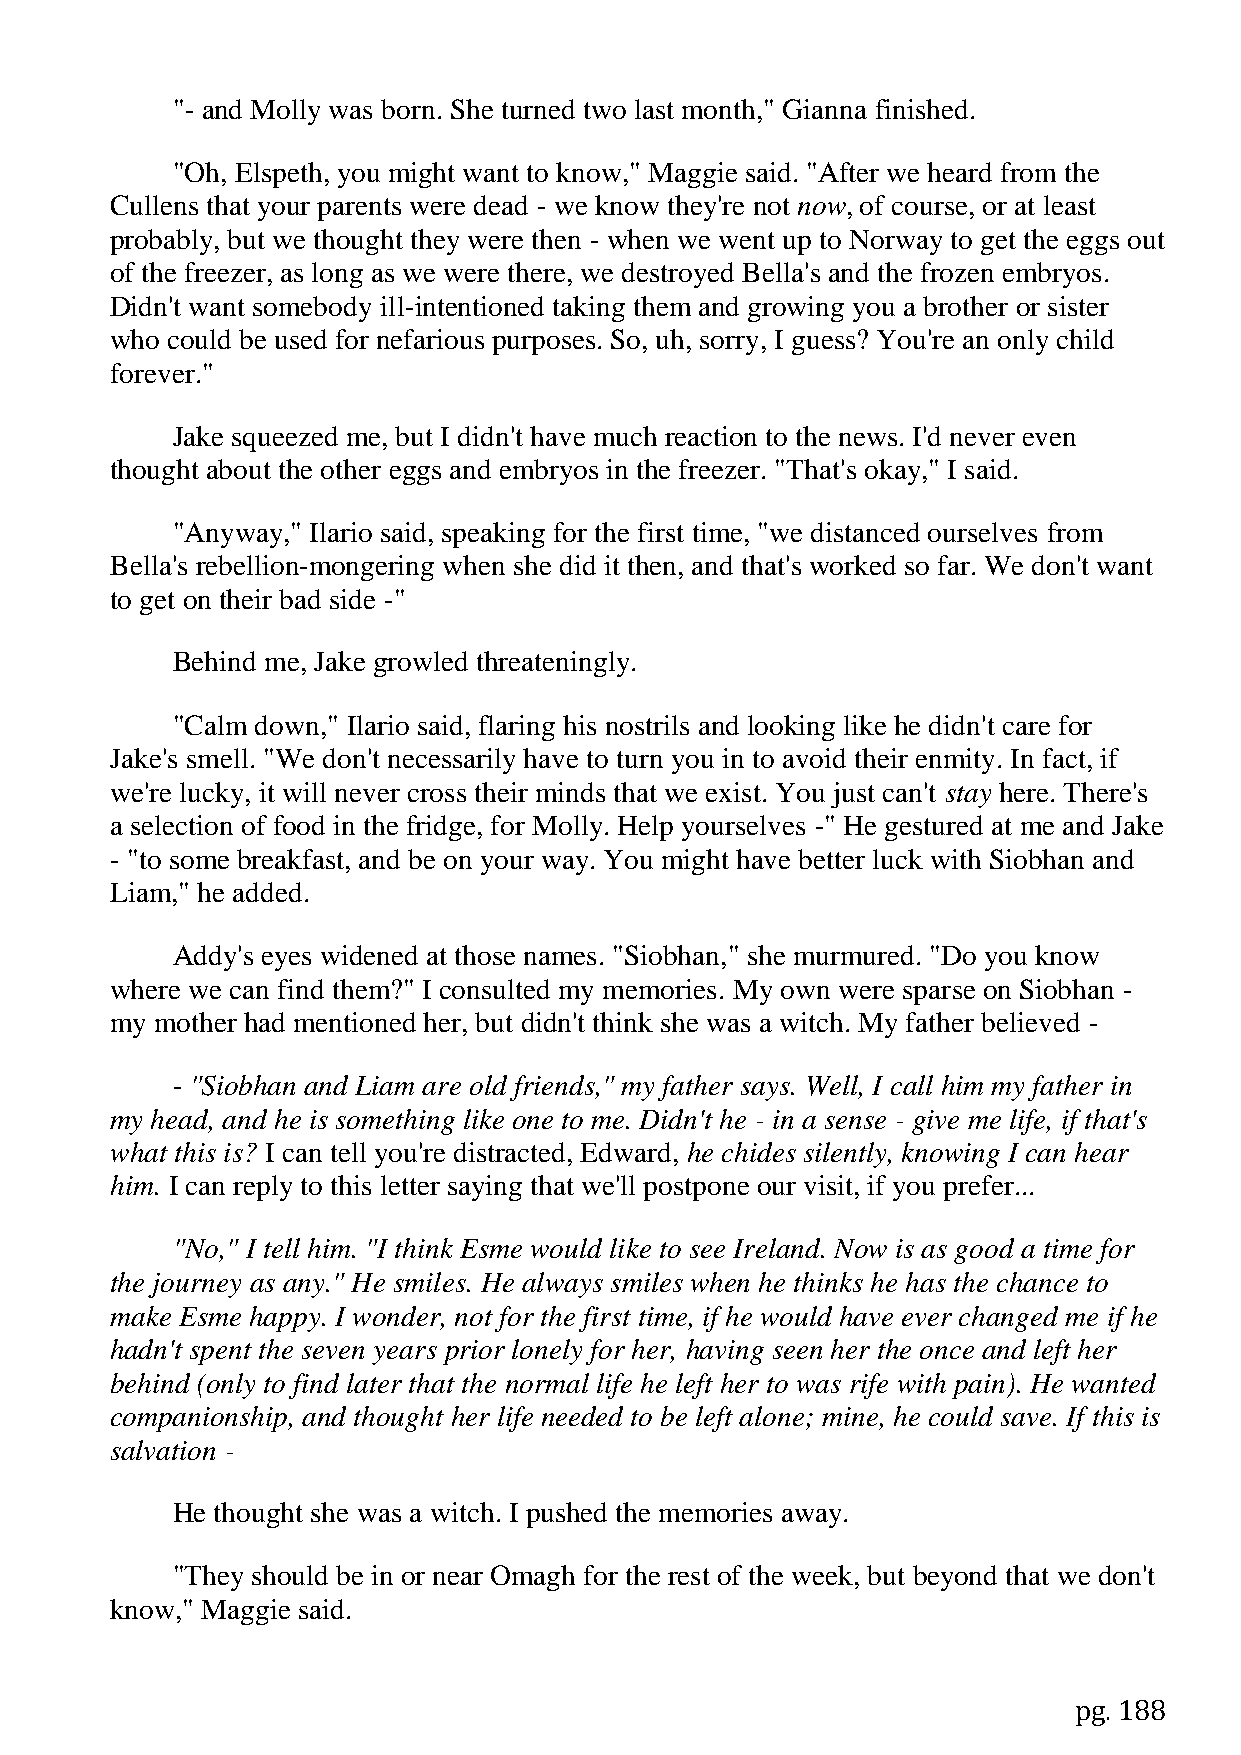
"- and Molly was born. She turned two last month," Gianna finished.
 "Oh, Elspeth, you might want to know," Maggie said. "After we heard from the
 Cullens that your parents were dead - we know they're not now, of course, or at least
 probably, but we thought they were then - when we went up to Norway to get the eggs out
 of the freezer, as long as we were there, we destroyed Bella's and the frozen embryos.
 Didn't want somebody ill-intentioned taking them and growing you a brother or sister
 who could be used for nefarious purposes. So, uh, sorry, I guess? You're an only child
 forever."
 Jake squeezed me, but I didn't have much reaction to the news. I'd never even
 thought about the other eggs and embryos in the freezer. "That's okay," I said.
 "Anyway," Ilario said, speaking for the first time, "we distanced ourselves from
 Bella's rebellion-mongering when she did it then, and that's worked so far. We don't want
 to get on their bad side -"
 Behind me, Jake growled threateningly.
 "Calm down," Ilario said, flaring his nostrils and looking like he didn't care for
 Jake's smell. "We don't necessarily have to turn you in to avoid their enmity. In fact, if
 we're lucky, it will never cross their minds that we exist. You just can't stay here. There's
 a selection of food in the fridge, for Molly. Help yourselves -" He gestured at me and Jake
 - "to some breakfast, and be on your way. You might have better luck with Siobhan and
 Liam," he added.
 Addy's eyes widened at those names. "Siobhan," she murmured. "Do you know
 where we can find them?" I consulted my memories. My own were sparse on Siobhan -
 my mother had mentioned her, but didn't think she was a witch. My father believed -
 - "Siobhan and Liam are old friends," my father says. Well, I call him my father in
 my head, and he is something like one to me. Didn't he - in a sense - give me life, if that's
 what this is? I can tell you're distracted, Edward, he chides silently, knowing I can hear
 him. I can reply to this letter saying that we'll postpone our visit, if you prefer...
 "No," I tell him. "I think Esme would like to see Ireland. Now is as good a time for
 the journey as any." He smiles. He always smiles when he thinks he has the chance to
 make Esme happy. I wonder, not for the first time, if he would have ever changed me if he
 hadn't spent the seven years prior lonely for her, having seen her the once and left her
 behind (only to find later that the normal life he left her to was rife with pain). He wanted
 companionship, and thought her life needed to be left alone; mine, he could save. If this is
 salvation -
 He thought she was a witch. I pushed the memories away.
 "They should be in or near Omagh for the rest of the week, but beyond that we don't
 know," Maggie said.
 pg. 188